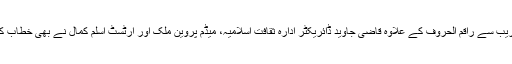
تقریب سے راقم الحروف کے علاوہ قاضی جاوید ڈائریکٹر ادارہ ثقافت اسلامیہ، میڈم پروین ملک اور آرٹسٹ اسلم کمال نے بھی خطاب کیا۔